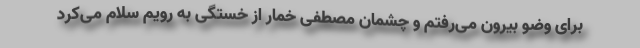
برای وضو بیرون می‌رفتم و چشمان مصطفی خمار از خستگی به رویم سلام می‌کرد